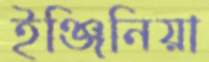
ইঞ্জিনিয়া